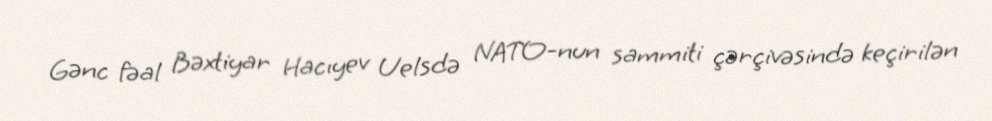
Gənc fəal Bəxtiyar Hacıyev Uelsdə NATO-nun sammiti çərçivəsində keçirilən